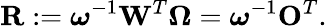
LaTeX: \mathbf{R}:=\boldsymbol{\omega}^{-1}\mathbf{W}^{T}\boldsymbol{\Omega}=\boldsymbol{\omega}^{-1}\mathbf{O}^{T}.